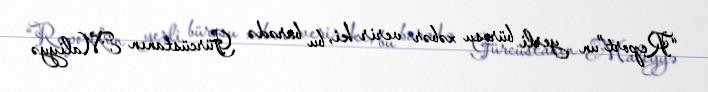
“Report”un yerli bürosu xəbər verir ki, bu barədə Gürcüstanın Maliyyə